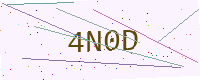
Text: 4N0D